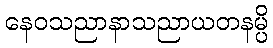
နေဝသညာနာသညာယတနမ္ပိ